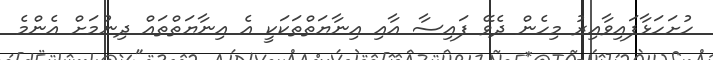
ހުށަހަޅާފައިވާއިރު މިހެން ދެވޭ ފައިސާ އާއި އިނާޔަތްތަކަކީ އެ އިނާޔަތްތައް ދިނުމަށް އެންމެ